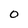
Character: O